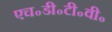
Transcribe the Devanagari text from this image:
एच॰डी॰टी॰वी॰